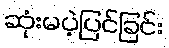
ဆုံးမပဲ့ပြင်ခြင်း